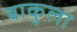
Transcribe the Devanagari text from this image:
बाकुला